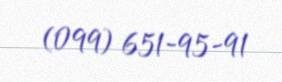
(099) 651-95-91